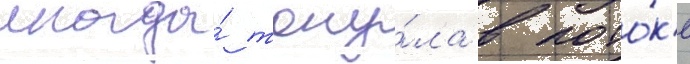
иногда́ тону́ла в пото́к'е